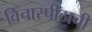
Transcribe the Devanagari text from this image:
विचारपीठाची